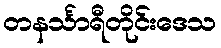
တနင်္သာရီတိုင်းဒေသ